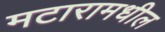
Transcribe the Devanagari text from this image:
मटारामधील